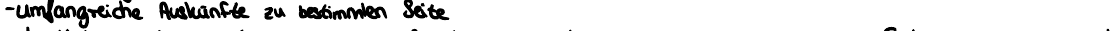
- umfangreiche Auskünfte zu bestimmten Seite